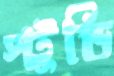
স্টুডি